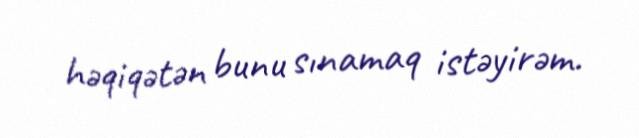
həqiqətən bunu sınamaq istəyirəm.